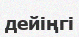
дейіңгі